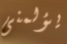
يؤلمنى